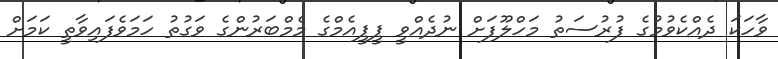
ވާހަކަ ދެއްކެވުމުގެ ފުރުސަތު މަހްލޫފަށް ނުދެއްވީ ޕީޕީއެމްގެ މެމްބަރުންގެ ވަގުތު ހަމަވެފައިވާތީ ކަމަށް